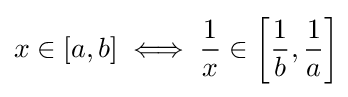
x\in [a,b]\iff {\frac {1}{x}}\in \left[{\frac {1}{b}},{\frac {1}{a}}\right]\!